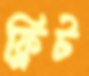
ফ্লিট